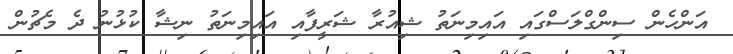
އަންހެން ސިންގްލަސްގައި އައިމިނަތު ޝިއުރާ ޝަރީފާއި އައިމިނަތު ނިޝާ ކުޅުނު ދެ މެޗުން